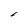
Character: 1